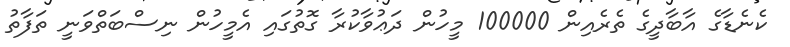
ކެނެޑާގެ އާބާދީގެ ތެރެއިން 100000 މީހުން ދަޢުވާކުރާ ގޮތުގައި އެމީހުން ނިސްބަތްވަނީ ތަފާތު